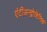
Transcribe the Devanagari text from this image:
एंटीअन्द्रोजेनिक